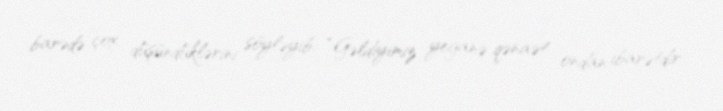
barədə çox düşündüklərini söyləyib: “Gəldiyimiz yeganə qənaət ondan ibarətdir